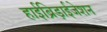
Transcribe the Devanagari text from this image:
हाईब्रिड़ाईजेशन